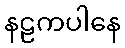
နဠကပါနေ